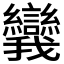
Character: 𪭗